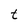
Character: t